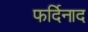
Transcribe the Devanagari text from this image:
फर्दिनाद